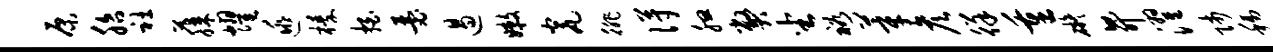
原胎社藤耀逃榛拍瑟遏嫩瓮徘得腮弊坐裕莘彦徉重碍升濯师称